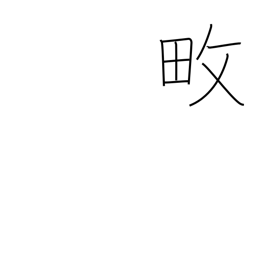
Meaning: cultivate